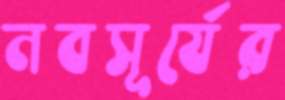
নবসূর্যের